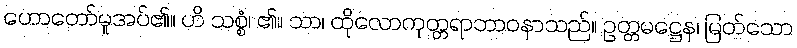
ဟောတော်မူအပ်၏။ ဟိ သစ္စံ၊ ၏။ သာ၊ ထိုလောကုတ္တရာဘာဝနာသည်။ ဥတ္တမဋ္ဌေန၊ မြတ်သော